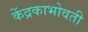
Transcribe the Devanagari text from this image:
केंद्रकाभोवती